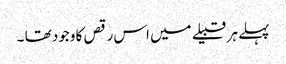
پہلے ہر قبیلے میں اس رقص کا وجود تھا ۔